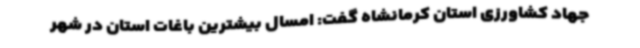
جهاد کشاورزی استان کرمانشاه گفت: امسال بیشترین باغات استان در شهر